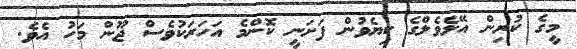
މީގެ ކުރިން އޭލެވެލްގެ ކިޔެވުން ފަށަނީ ކޮންމެ އަހަރަކުވެސް ޖޫން މަހު އެވެ.